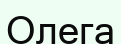
Олега